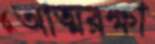
আত্মরক্ষা